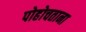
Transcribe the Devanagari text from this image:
पोहोचताना